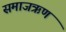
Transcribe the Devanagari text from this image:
समाजऋण